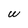
Character: w